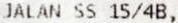
JALAN SS 15/4B,